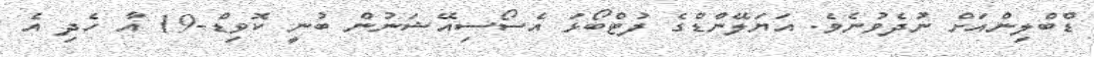
ޑްބްލިންއަށް ނުދެވުނެވެ. އަޔަލޭންޑްގެ ފުޓްބޯޅަ އެސޯސިއޭޝަނުން ބުނީ ކޮވިޑް-19 އާ ހެދި އެ